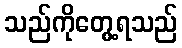
သည်ကိုတွေ့ရသည်